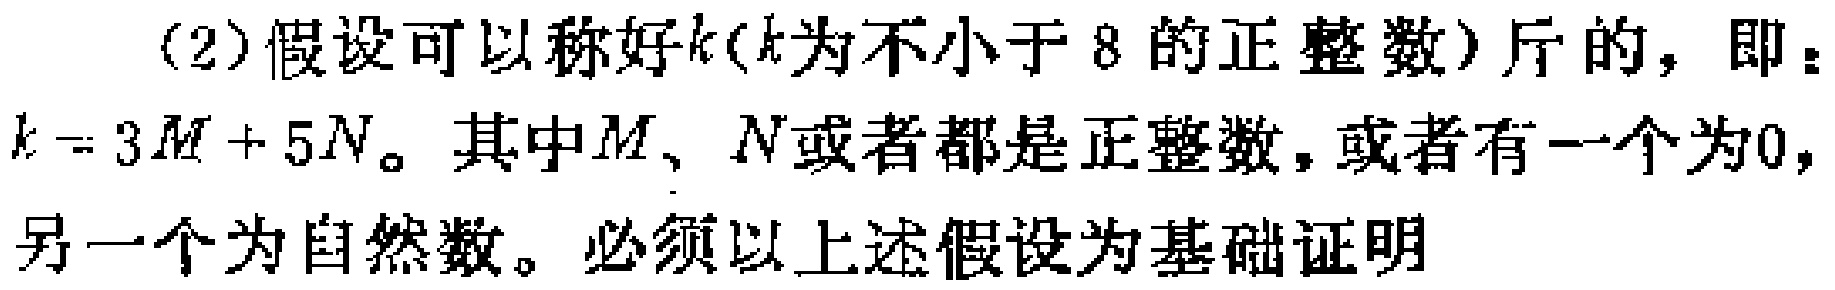
(2)假设可以称好\(k\)（\(k\)为不小于\(8\)的正整数）斤的，即：\(k = 3M + 5N\)。其中\(M\)、\(N\)或者都是正整数，或者有一个为\(0\)，另一个为自然数。必须以上述假设为基础证明